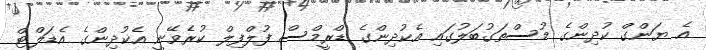
އެ ޔަންގް ކުދިންގެ މުސްތަގުބަލުގައި އެކުދިންގެ ޑްރީމްސް ފުލްފިލް ކުރެވޭނީ އެކުދިންގެ އެޑަލްޓް